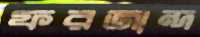
ফরজান্দ